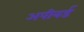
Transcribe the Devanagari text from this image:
अपीयर्ड